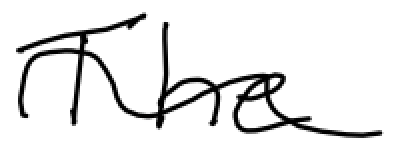
Text: The
Cross-out: wave
Writing tool: digital_black